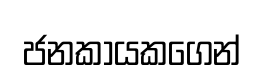
ජනකායකගෙන්